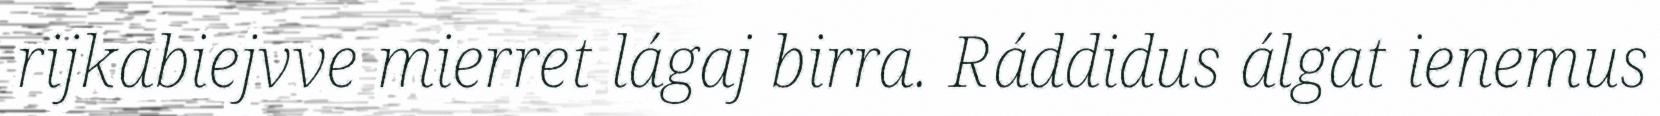
rijkabiejvve mierret lágaj birra. Ráddidus álgat ienemus